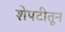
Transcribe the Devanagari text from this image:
शेपटीतून